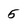
Character: 5